Civil Veterinary Dept. Bombay admin report 1893-99 - 1893-1899
Year: 1893
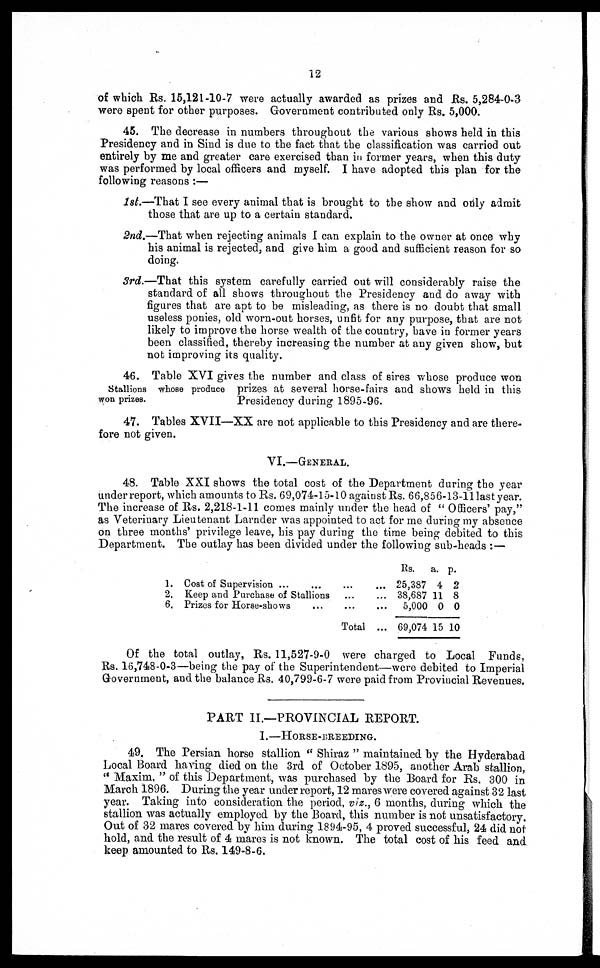
12
of which Rs. 15,121-10-7 were actually awarded as prizes and Rs. 5,284-0-3
were spent for other purposes. Government contributed only Rs. 5,000.
45. The decrease in numbers throughout the various shows held in this
Presidency and in Sind is due to the fact that the classification was carried out
entirely by me and greater care exercised than in former years, when this duty
was performed by local officers and myself. I have adopted this plan for the
following reasons :—
1st.—That I see every animal that is brought to the show and only admit
those that are up to a certain standard.
2nd.—That when rejecting animals I can explain to the owner at once why
his animal is rejected, and give him a good and sufficient reason for so
doing.
3rd.—That this system carefully carried out will considerably raise the
standard of all shows throughout the Presidency and do away with
figures that are apt to be misleading, as there is no doubt that small
useless ponies, old worn-out horses, unfit for any purpose, that are not
likely to improve the horse wealth of the country, have in former years
been classified, thereby increasing the number at any given show, but
not improving its quality.
Stallions whose produce
won prizes.
46. Table XVI gives the number and class of sires whose produce won
prizes at several horse-fairs and shows held in this
Presidency during 1895-96.
47. Tables XVII—XX are not applicable to this Presidency and are there-
fore not given.
VI.—GENERAL.
48. Table XXI shows the total cost of the Department during the year
under report, which amounts to Rs. 69,074-15-10 against Rs. 66,856-13-11 last year.
The increase of Rs. 2,218-1-11 comes mainly under the head of " Officers' pay,"
as Veterinary Lieutenant Larnder was appointed to act for me during my absence
on three months' privilege leave, his pay during the time being debited to this
Department. The outlay has been divided under the following sub-heads :—
1. Cost of Supervision ... …
2. Keep and Purchase of Stallions
6. Prizes for Horse-shows …
...
...
...
Total
…
...
...
...
Rs.
25,387
38,687
5,000
69,074
a.
4
11
0
15
p.
2
8
0
10
Of the total outlay, Rs. 11,527-9-0 were charged to Local Funds,
Rs. 16,748-0-3—being the pay of the Superintendent—were debited to Imperial
Government, and the balance Rs. 40,799-6-7 were paid from Provincial Revenues.
PART II.—PROVINCIAL REPORT.
I.—HORSE-BREEDING.
49. The Persian horse stallion " Shiraz " maintained by the Hyderabad
Local Board having died on the 3rd of October 1895, another Arab stallion,
" Maxim, " of this Department, was purchased by the Board for Rs. 300 in
March 1896. During the year under report, 12 mares were covered against 32 last
year. Taking into consideration the period, viz., 6 months, during which the
stallion was actually employed by the Board, this number is not unsatisfactory.
Out of 32 mares covered by him during 1894-95, 4 proved successful, 24 did not
hold, and the result of 4 mares is not known. The total cost of his feed and
keep amounted to Rs. 149-8-6.